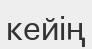
кейің